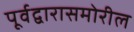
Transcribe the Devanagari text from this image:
पूर्वद्वारासमोरील